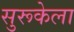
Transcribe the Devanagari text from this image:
सुरूकेला